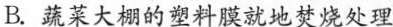
B.蔬菜大棚的塑料膜就地焚烧处理